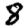
Digit: 8